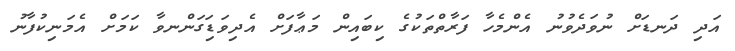
އަދި ދަނޑަށް ނުވަދެވުނު އެންމެހާ ފަރާތްތަކުގެ ކިބައިން މަޢާފަށް އެދިވަޑަިގަންނވާ ކަމަށް އެމަނިކުފާނު